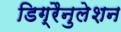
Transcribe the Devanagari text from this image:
डिग्रैनुलेशन